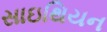
સાઇથિયન